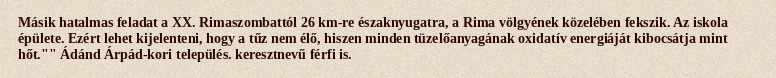
Másik hatalmas feladat a XX. Rimaszombattól 26 km-re északnyugatra, a Rima völgyének közelében fekszik. Az iskola épülete. Ezért lehet kijelenteni, hogy a tűz nem élő, hiszen minden tüzelőanyagának oxidatív energiáját kibocsátja mint hőt."" Ádánd Árpád-kori település. keresztnevű férfi is.